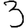
Digit: 3